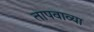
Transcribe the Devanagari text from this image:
तापवाव्या